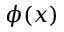
\phi ( x )